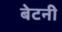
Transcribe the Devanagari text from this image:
बेटनी